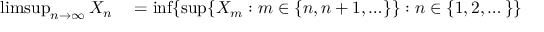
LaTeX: \begin{array} { r l } { \operatorname* { l i m s u p } _ { n \to \infty } X _ { n } } & { { } = \operatorname* { i n f } \{ \operatorname* { s u p } \{ X _ { m } : m \in \{ n , n + 1 , \ldots \} \} : n \in \{ 1 , 2 , \dots \} \} } \end{array}